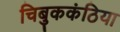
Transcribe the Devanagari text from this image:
चिबुककंठिया